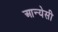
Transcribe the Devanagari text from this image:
आन्येसी